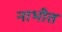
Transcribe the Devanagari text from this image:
नाभीत